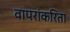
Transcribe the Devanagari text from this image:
वापरांकरिता